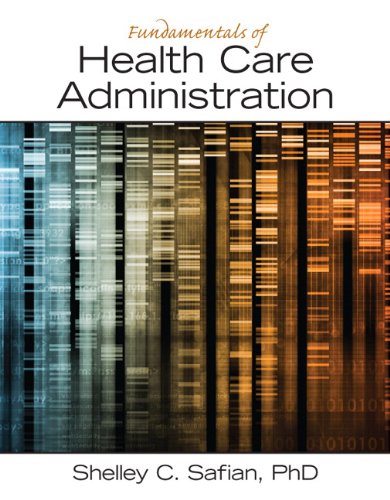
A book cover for Fundamentals of Health Care Administration; Shelley C. Safian; Medical Books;